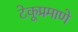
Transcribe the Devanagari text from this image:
टेकूप्रमाणे